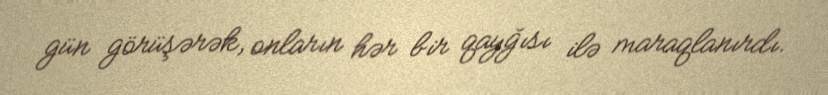
gün görüşərək, onların hər bir qayğısı ilə maraqlanırdı.